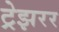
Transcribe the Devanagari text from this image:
ट्रेझरर